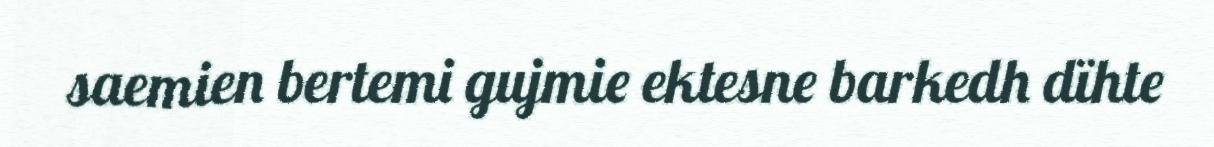
saemien bertemi gujmie ektesne barkedh dïhte